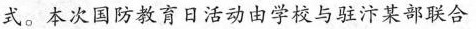
式。本次国防教育日活动由学校与驻汴某部联合